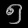
Digit: ၅